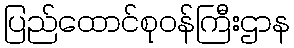
ပြည်ထောင်စုဝန်ကြီးဌာန